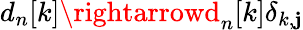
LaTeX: d_{n}[k]\rightarrowd_{n}[k]\delta_{k,\mathbf{j}}